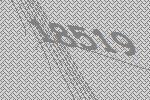
18519